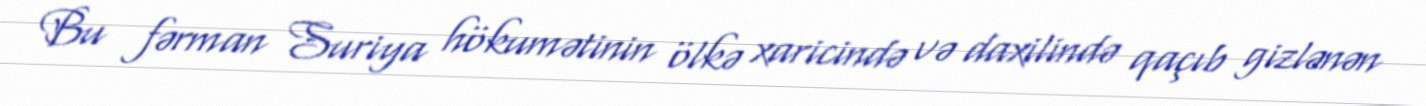
Bu fərman Suriya hökumətinin ölkə xaricində və daxilində qaçıb gizlənən